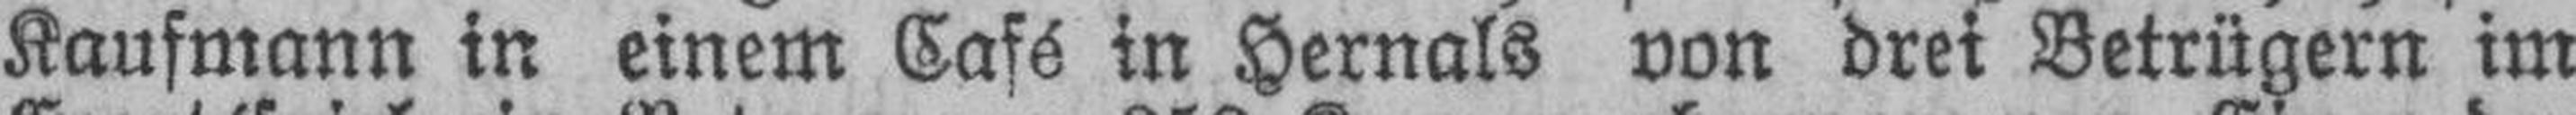
Kaufmann in einem Café in Hernals von drei Betrügern im